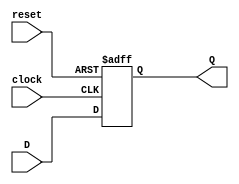
module D_ff_AR(output reg Q, input D, clock, reset);
	always @(posedge clock, negedge reset)
		if(~reset)Q <= 1'b0;
		else Q <= D;
endmodule